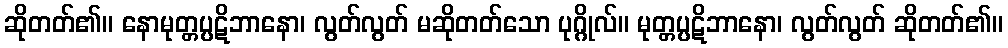
ဆိုတတ်၏။ နောမုတ္တပ္ပဋိဘာနော၊ လွတ်လွတ် မဆိုတတ်သော ပုဂ္ဂိုလ်။ မုတ္တပ္ပဋိဘာနော၊ လွတ်လွတ် ဆိုတတ်၏။